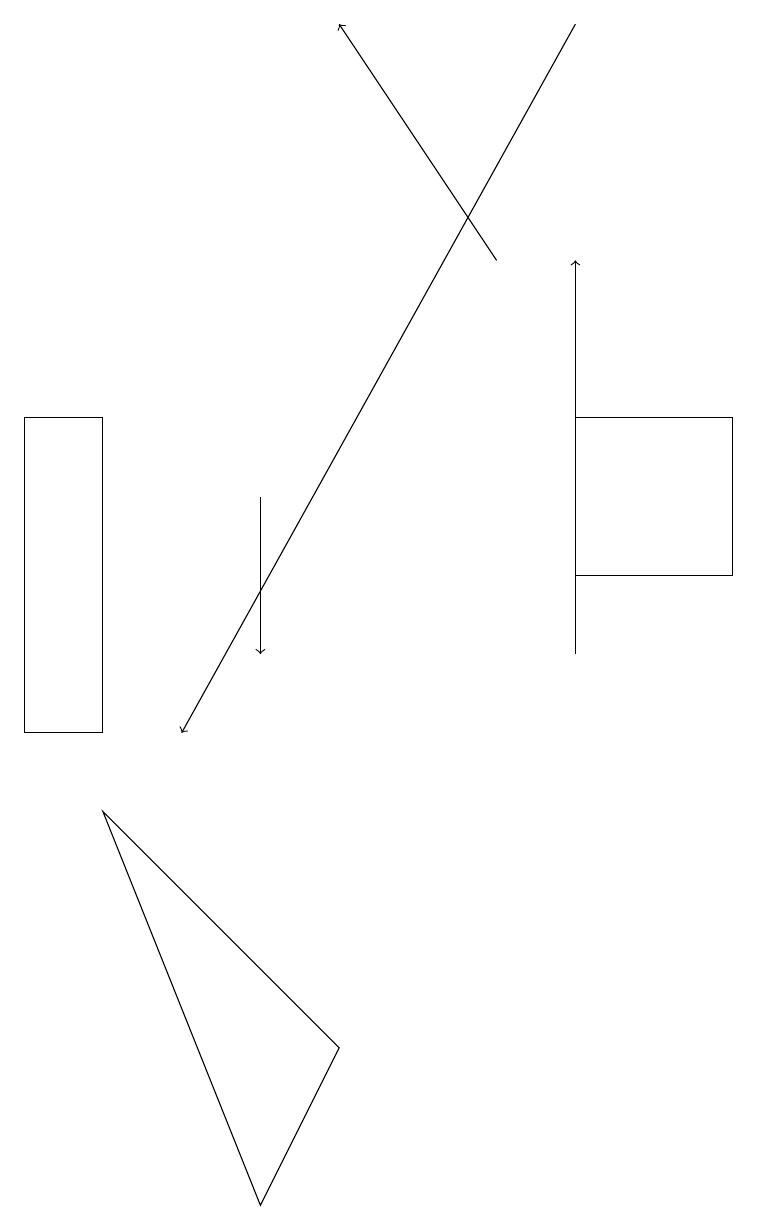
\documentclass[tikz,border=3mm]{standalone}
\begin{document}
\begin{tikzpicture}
\draw (9,12) rectangle (7,14);
\draw[->] (3,13) -- (3,11);
\draw (4,6) -- (3,4) -- (1,9) -- cycle;
\draw (0,14) rectangle (1,10);
\draw[->] (7,11) -- (7,16);
\draw[->] (7,19) -- (2,10);
\draw[->] (6,16) -- (4,19);
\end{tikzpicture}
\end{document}